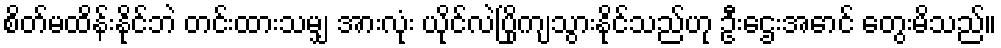
စိတ်မထိန်းနိုင်ဘဲ တင်းထားသမျှ အားလုံး ယိုင်လဲပြိုကျသွားနိုင်သည်ဟု ဦးဌေးအောင် တွေးမိသည်။